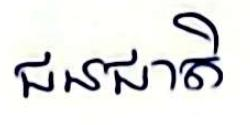
ជនជាត់